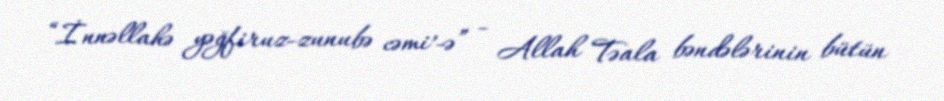
“İnnəllahə yəğfiruz-zunubə cəmi’-ə” - Allah Təala bəndələrinin bütün